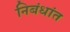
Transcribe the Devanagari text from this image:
निबंधांत